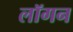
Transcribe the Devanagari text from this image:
लॉगन